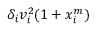
\delta _ { i } v _ { i } ^ { 2 } ( 1 + x _ { i } ^ { m } )